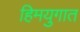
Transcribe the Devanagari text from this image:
हिमयुगात